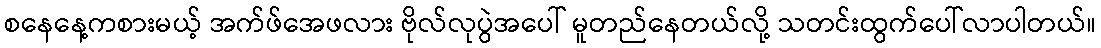
စနေနေ့ကစားမယ့် အက်ဖ်အေဖလား ဗိုလ်လုပွဲအပေါ် မူတည်နေတယ်လို့ သတင်းထွက်ပေါ်လာပါတယ်။